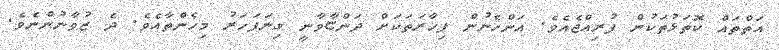
އަތްތައް ކޮތަޅުތަކުން ފުރިއްޖެއެވެ. އަންހެނުން ފިހާރަތަކަށް ދަންޏާވާނީ ގިނަފަހަރު މިހެންތާއެވެ. ދެ ޒުވާނުންނެވެ.